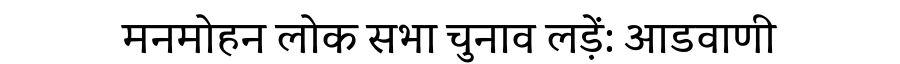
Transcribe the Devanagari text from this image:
मनमोहन लोक सभा चुनाव लड़ें: आडवाणी